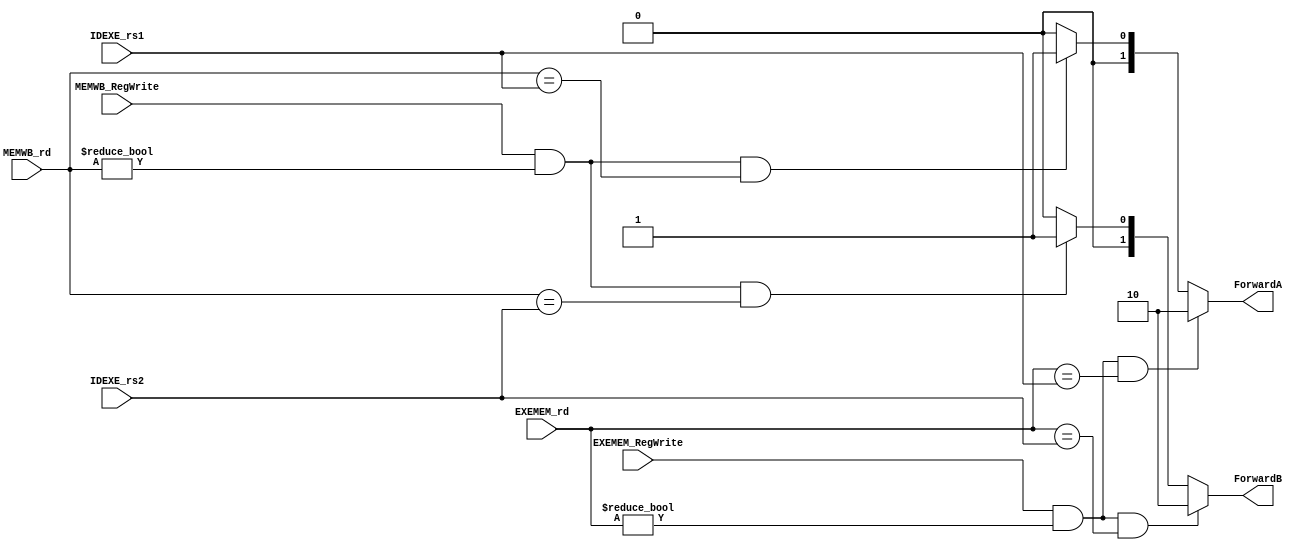
`timescale 1ns/1ps

module ForwardingUnit (
    input [4:0] IDEXE_rs1,
    input [4:0] IDEXE_rs2,
    input [4:0] EXEMEM_rd,
    input [4:0] MEMWB_rd,
    input EXEMEM_RegWrite,
    input MEMWB_RegWrite,
    output reg [1:0] ForwardA,
    output reg [1:0] ForwardB
);

    always@(*)begin
        if((EXEMEM_RegWrite) && (EXEMEM_rd != 5'b0) && (EXEMEM_rd == IDEXE_rs1))begin
            ForwardA = 2'b10 ; 
        end
        else if((MEMWB_RegWrite) && (MEMWB_rd != 5'b0) && (MEMWB_rd == IDEXE_rs1))begin
            ForwardA = 2'b01 ; 
        end
        else begin
            ForwardA = 2'b00 ; 
        end

        if((EXEMEM_RegWrite) && (EXEMEM_rd != 5'b0) && (EXEMEM_rd == IDEXE_rs2))begin
            ForwardB = 2'b10 ; 
        end
        else if((MEMWB_RegWrite) && (MEMWB_rd != 5'b0) && (MEMWB_rd == IDEXE_rs2))begin
            ForwardB = 2'b01 ; 
        end
        else begin
            ForwardB = 2'b00 ; 
        end
    end

endmodule